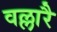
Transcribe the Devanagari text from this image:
वल्लारै